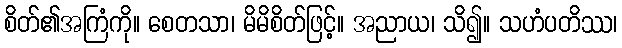
စိတ်၏အကြံကို။ စေတသာ၊ မိမိစိတ်ဖြင့်။ အညာယ၊ သိ၍။ သဟံပတိဿ၊